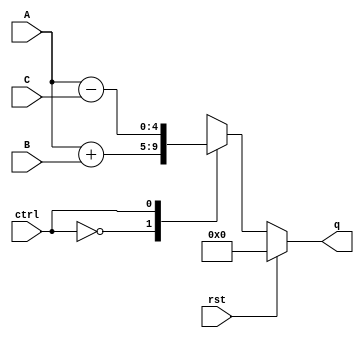
`timescale 1ns / 1ps
//////////////////////////////////////////////////////////////////////////////////
// Company: SUTD
// 
// Design Name: DSL CCTA
// Module Name: CCTA
// Project Name: HW5
// Target Devices: 
// Tool Versions: 
// Description: 
// 
// Dependencies: 
// 
// Revision:
// Revision 0.01 - File Created
// Additional Comments:
// 
//////////////////////////////////////////////////////////////////////////////////


//!DO NOT MODIFY MODULE NAME AND PORT NAME!
module CCTA(
        input [3:0] A,
        input [3:0] B,
        input [3:0] C,
        input rst,
        input ctrl,
        output [4:0] q
);

// Internal signal to hold and drive the output
reg [4:0] q_reg;
// Assign internal register to output
assign q = q_reg;

always @(A, B, C, ctrl, rst) begin // run this loop if inputs change, so that the output is updated
    if(rst) begin
        q_reg <= 5'b00000;
    end
    else begin
        case(ctrl)
            1'b0: q_reg <= A + B; // sum A and B if ctrl is 0
//            1'b1: begin // check for the sifference (positive difference) if ctrl is 1
//                if (A>=C) begin
//                    q_reg <= A - C;
//                end
//                else begin
//                    q_reg <= C - A;
//                end
//            end
            1'b1: q_reg <= A - C;
            default: q_reg <= 5'bxxxxx; // undefined output default
        endcase
    end
end
endmodule